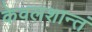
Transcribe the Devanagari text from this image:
केवलशान्तं